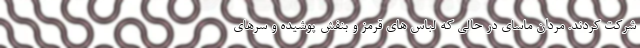
شرکت کردند. مردان ماسای در حالی که لباس های قرمز و بنفش پوشیده و سرهای